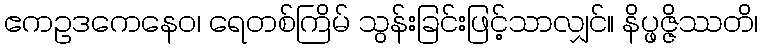
ဧကဥဒကေနေဝ၊ ရေတစ်ကြိမ် သွန်းခြင်းဖြင့်သာလျှင်။ နိပ္ဖဇ္ဇိဿတိ၊